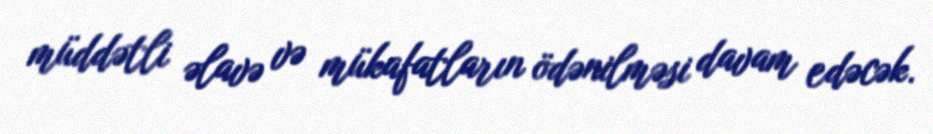
müddətli əlavə və mükafatların ödənilməsi davam edəcək.